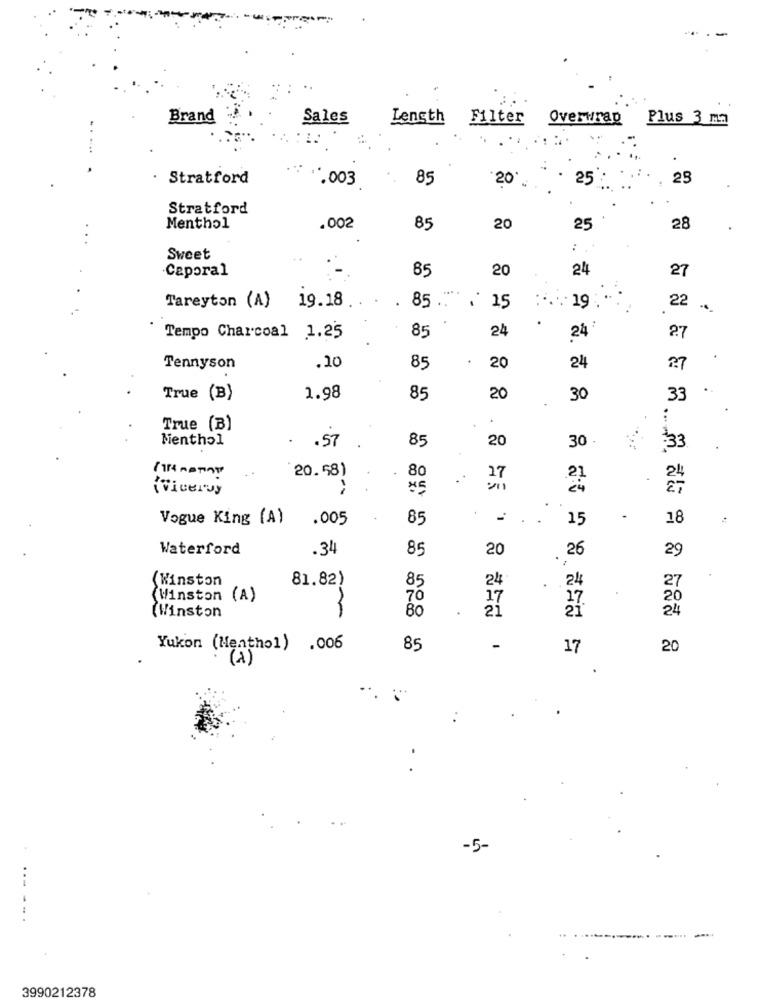
-
Brand
Sales
Length
Filter Overwrap
Plus 3 m3
..
Stratford
**, 003
85
25
25
20 .
Stratford
Menthol
.002
85
20
25
28
:
Sweet
Caporal
20
24
27
85
22
Tareyton (A) 19.18
. 85 ..
₹ 15
-6
85
24
24
Tempo Charcoal 1.25
27
Tennyson
. 10
85
20
24
27
True (B)
1.98
85
20
.
30
33
True (B)
Menthol
. . 57
85
20
30 .
:33
/ 114 MOTION
20.58)
24
80
17
"Viceroy
Vogue King (A)
.005
85
.
15
.
18
Waterford
.34
85
20
26
29
(Winston
81.82)
85
24
24
27
Winston (A)
70
17
27
20
80
21
24
(Winston
Yukon (Menthol) .006
85
17
20
(1)
.
-5-
... ...
3990212378